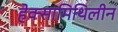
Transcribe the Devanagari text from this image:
हेक्सामिथिलीन